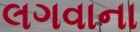
લગવાના